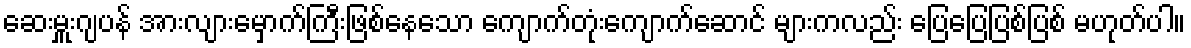
ဆေးမှူးဂျပန် အားလျားမှောက်ကြီးဖြစ်နေသော ကျောက်တုံးကျောက်ဆောင် များကလည်း ပြေပြေပြစ်ပြစ် မဟုတ်ပါ။